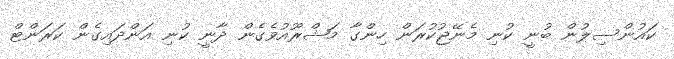
ކައުންސިލުން ބުނީ ކުނި މެނޭޖުކުރަން ހިންގާ މަޝްރޫއުވެގެން ދާނީ ކުނި އަންދައިގެން ކަރަންޓް